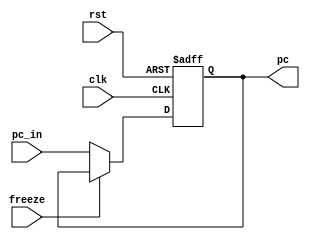
`timescale 1ns/1ns
module PC_Register(
  clk, 
  rst, 
  freeze,
  pc_in,
  pc
);
  parameter size = 32;

  input clk, rst, freeze;
  input [size-1 : 0] pc_in;
  output reg [size-1 : 0] pc;

  always@(posedge clk, posedge rst) begin
    if (rst)
      pc <= 32'd0;
    else if (~freeze)
      pc <= pc_in;
  end

endmodule